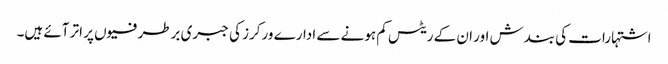
اشتہارات کی بندش اور ان کے ریٹس کم ہونے سے ادارے ورکرز کی جبری برطرفیوں پر اتر آئے ہیں۔